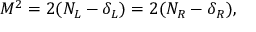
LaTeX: M ^ { 2 } = 2 ( N _ { L } - \delta _ { L } ) = 2 ( N _ { R } - \delta _ { R } ) ,